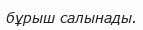
бұрыш салынады.